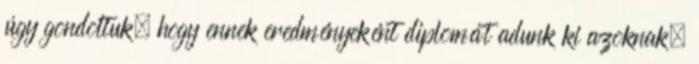
úgy gondoltuk, hogy ennek eredményeként diplomát adunk ki azoknak,